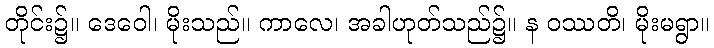
တိုင်း၌။ ဒေဝေါ၊ မိုးသည်။ ကာလေ၊ အခါဟုတ်သည်၌။ န ဝဿတိ၊ မိုးမရွာ။